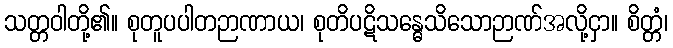
သတ္တဝါတို့၏။ စုတူပပါတဉာဏာယ၊ စုတိပဋိသန္ဓေသိသောဉာဏ်အလို့ငှာ။ စိတ္တံ၊